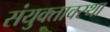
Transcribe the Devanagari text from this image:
संयुक्तावस्था